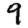
Digit: 9